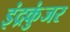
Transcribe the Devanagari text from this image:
इंद्रकुंजर